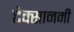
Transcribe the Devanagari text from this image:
टेक्सानमी